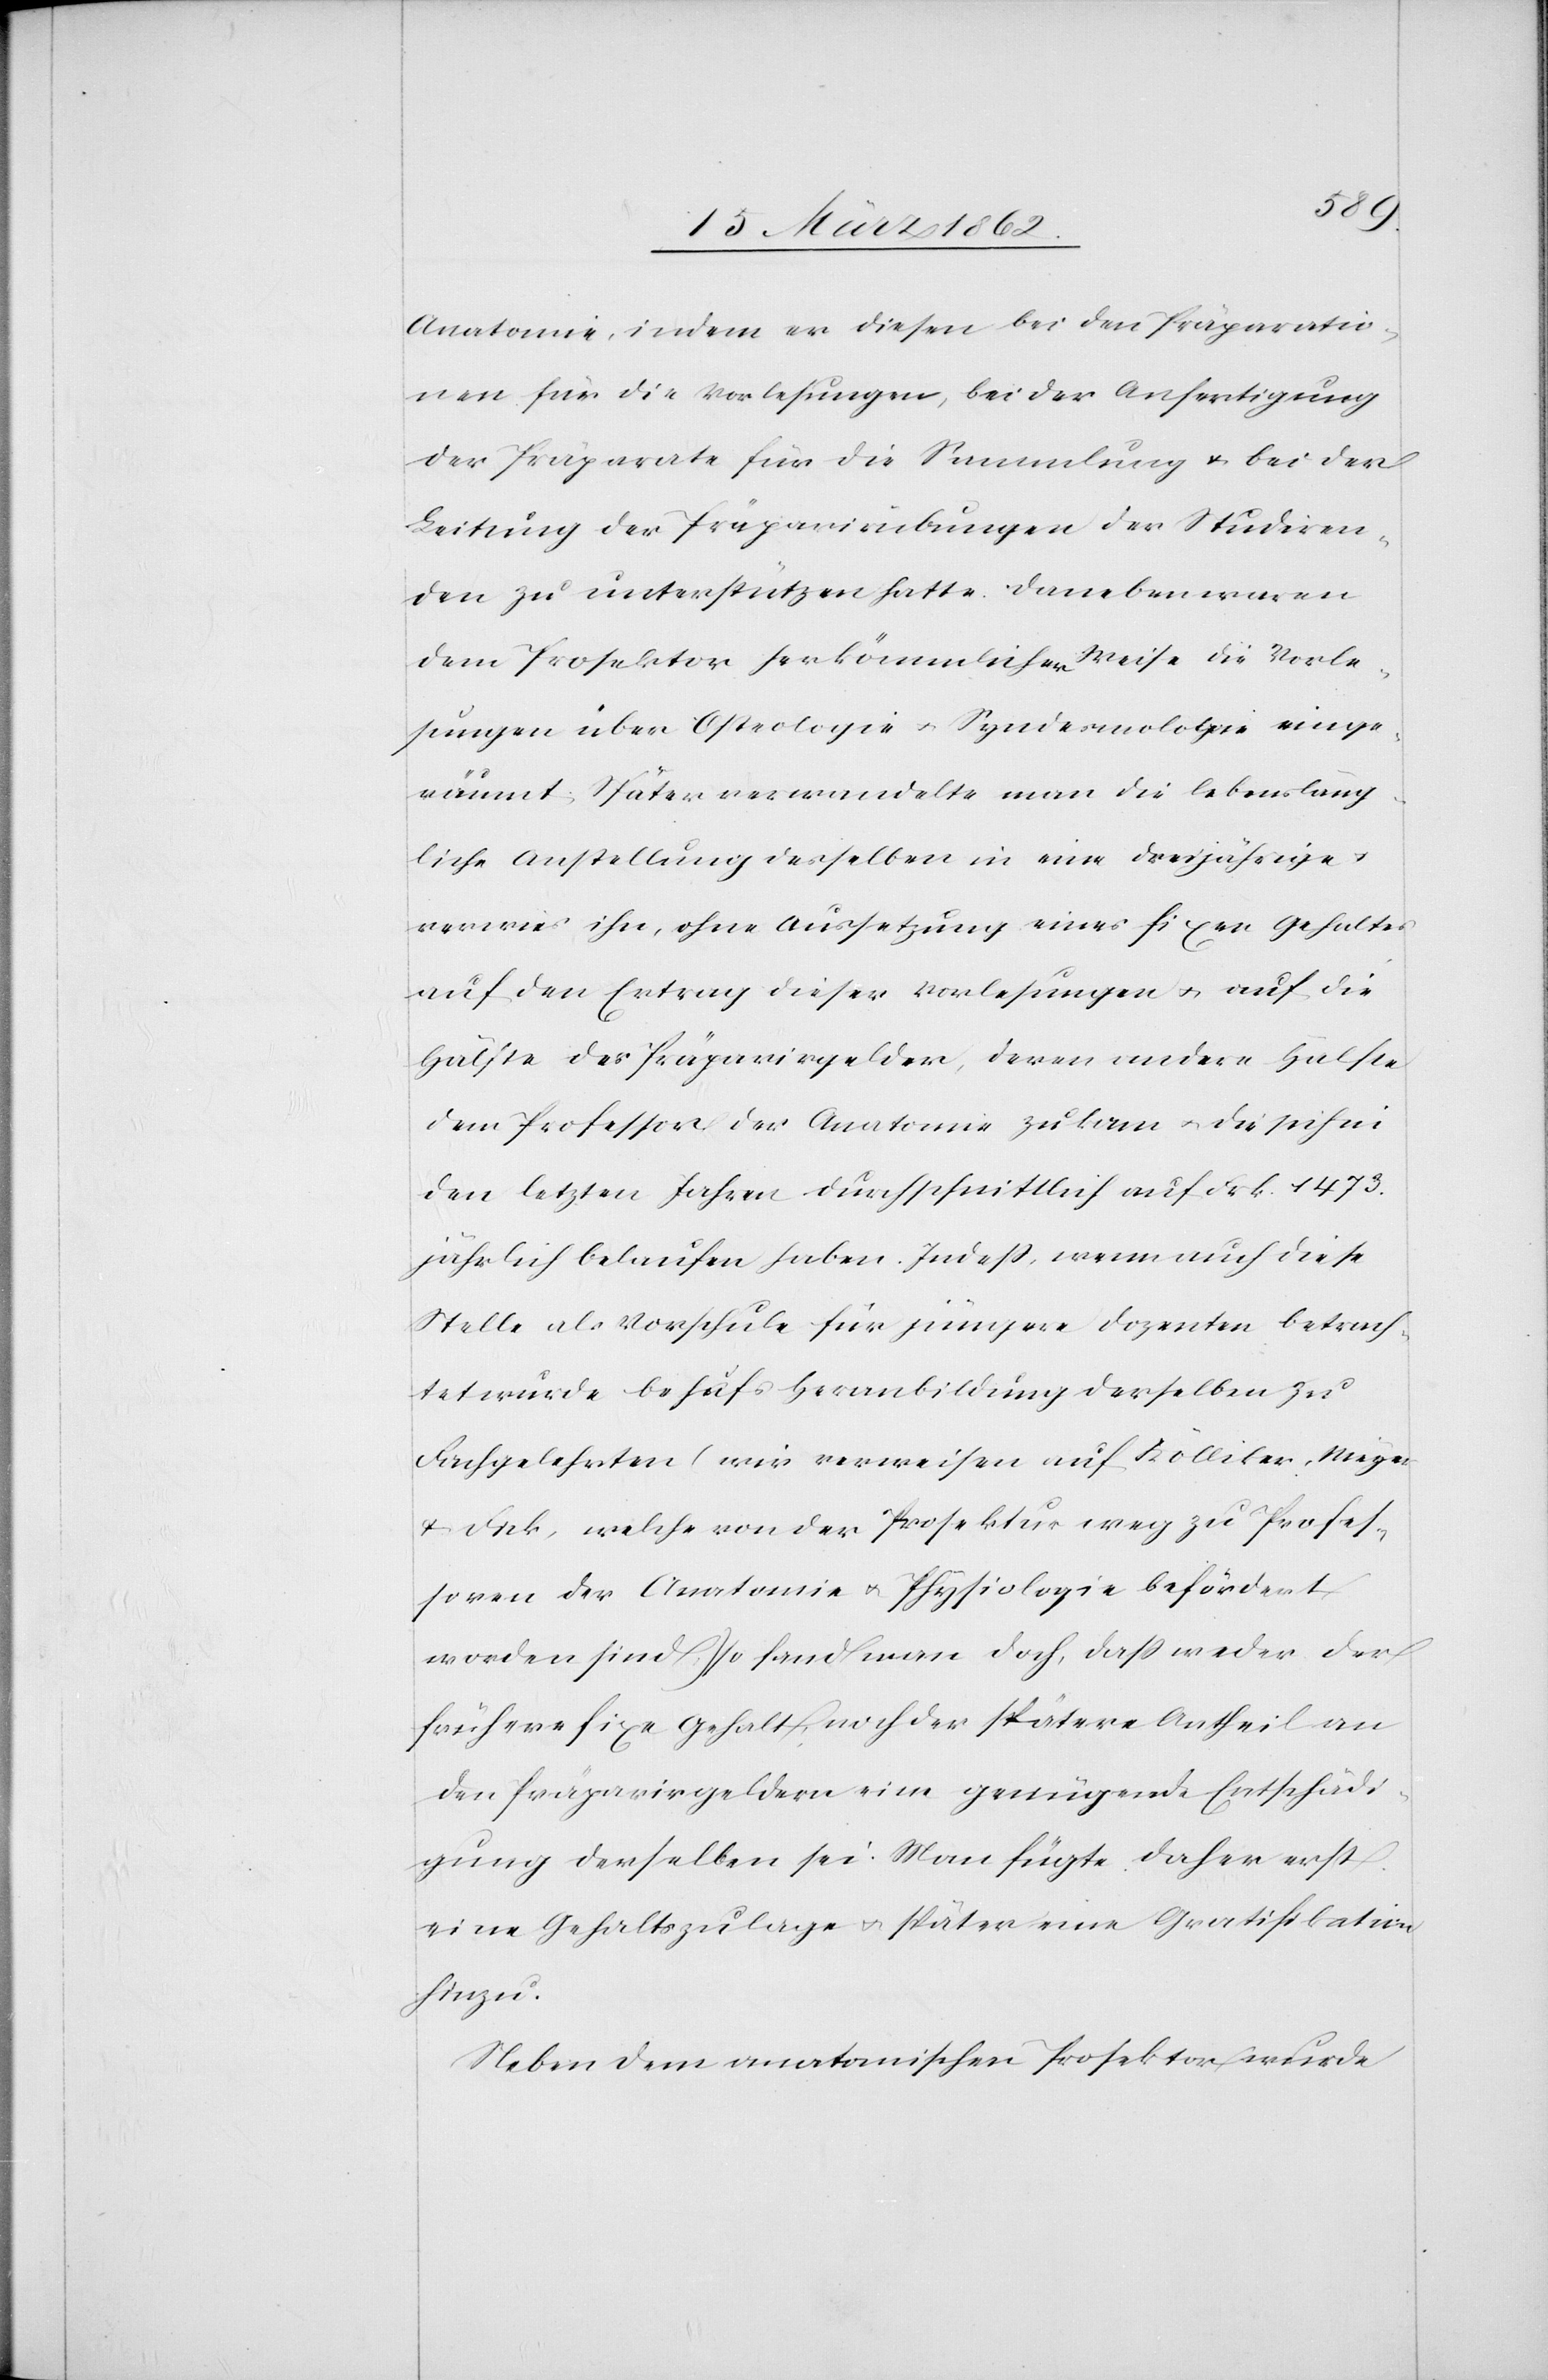
Anatomie, indem er diesen bei den Präparatio¬
nen für die Vorlesungen, bei der Anfertigung
der Präparate für die Sammlung u. bei der
Leitung der Präparirübungen der Studiren¬
den zu unterstützen hatte. Daneben waren
dem Prosektor herkömmlicher Weise die Vorle¬
sungen über Osteologie u. Syndesmologie einge¬
räumt. Später verwandelte man die lebensläng¬
liche Anstellung desselben in eine dreijährige
verwies ihn, ohne Aussetzung eines fixen Gehaltes
auf den Ertrag dieser Vorlesungen u. auf die
Hälfte der Präparirgelder, deren andere Hälfte
dem Professor der Anatomie zukam u. die sich in
den letzten Jahren durchschnittlich auf Frk. 1473.
jährlich belaufen haben. Indeß, wenn auch diese
Stelle als Vorschule für jüngere Dozenten betrach¬
tet wurde behufs Heranbildung derselben zu
Fachgelehrten (wir verweisen auf Kölliker, Meyer
& Fick, welche von der Prosektur weg zu Profes¬
soren der Anatomie u. Physiologie befördert
worden sind,) so fand man doch, daß weder der
frühere fixe Gehalt, noch der spätere Antheil an
den Präparirgeldern eine genügende Entschädi¬
gung derselben sei. Man fügte daher erst
eine Gehaltszulage u. später eine Gratifikation
hinzu.
Neben dem anatomischen Prosektor wurde